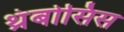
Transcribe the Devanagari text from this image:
थ्रंबोसिस